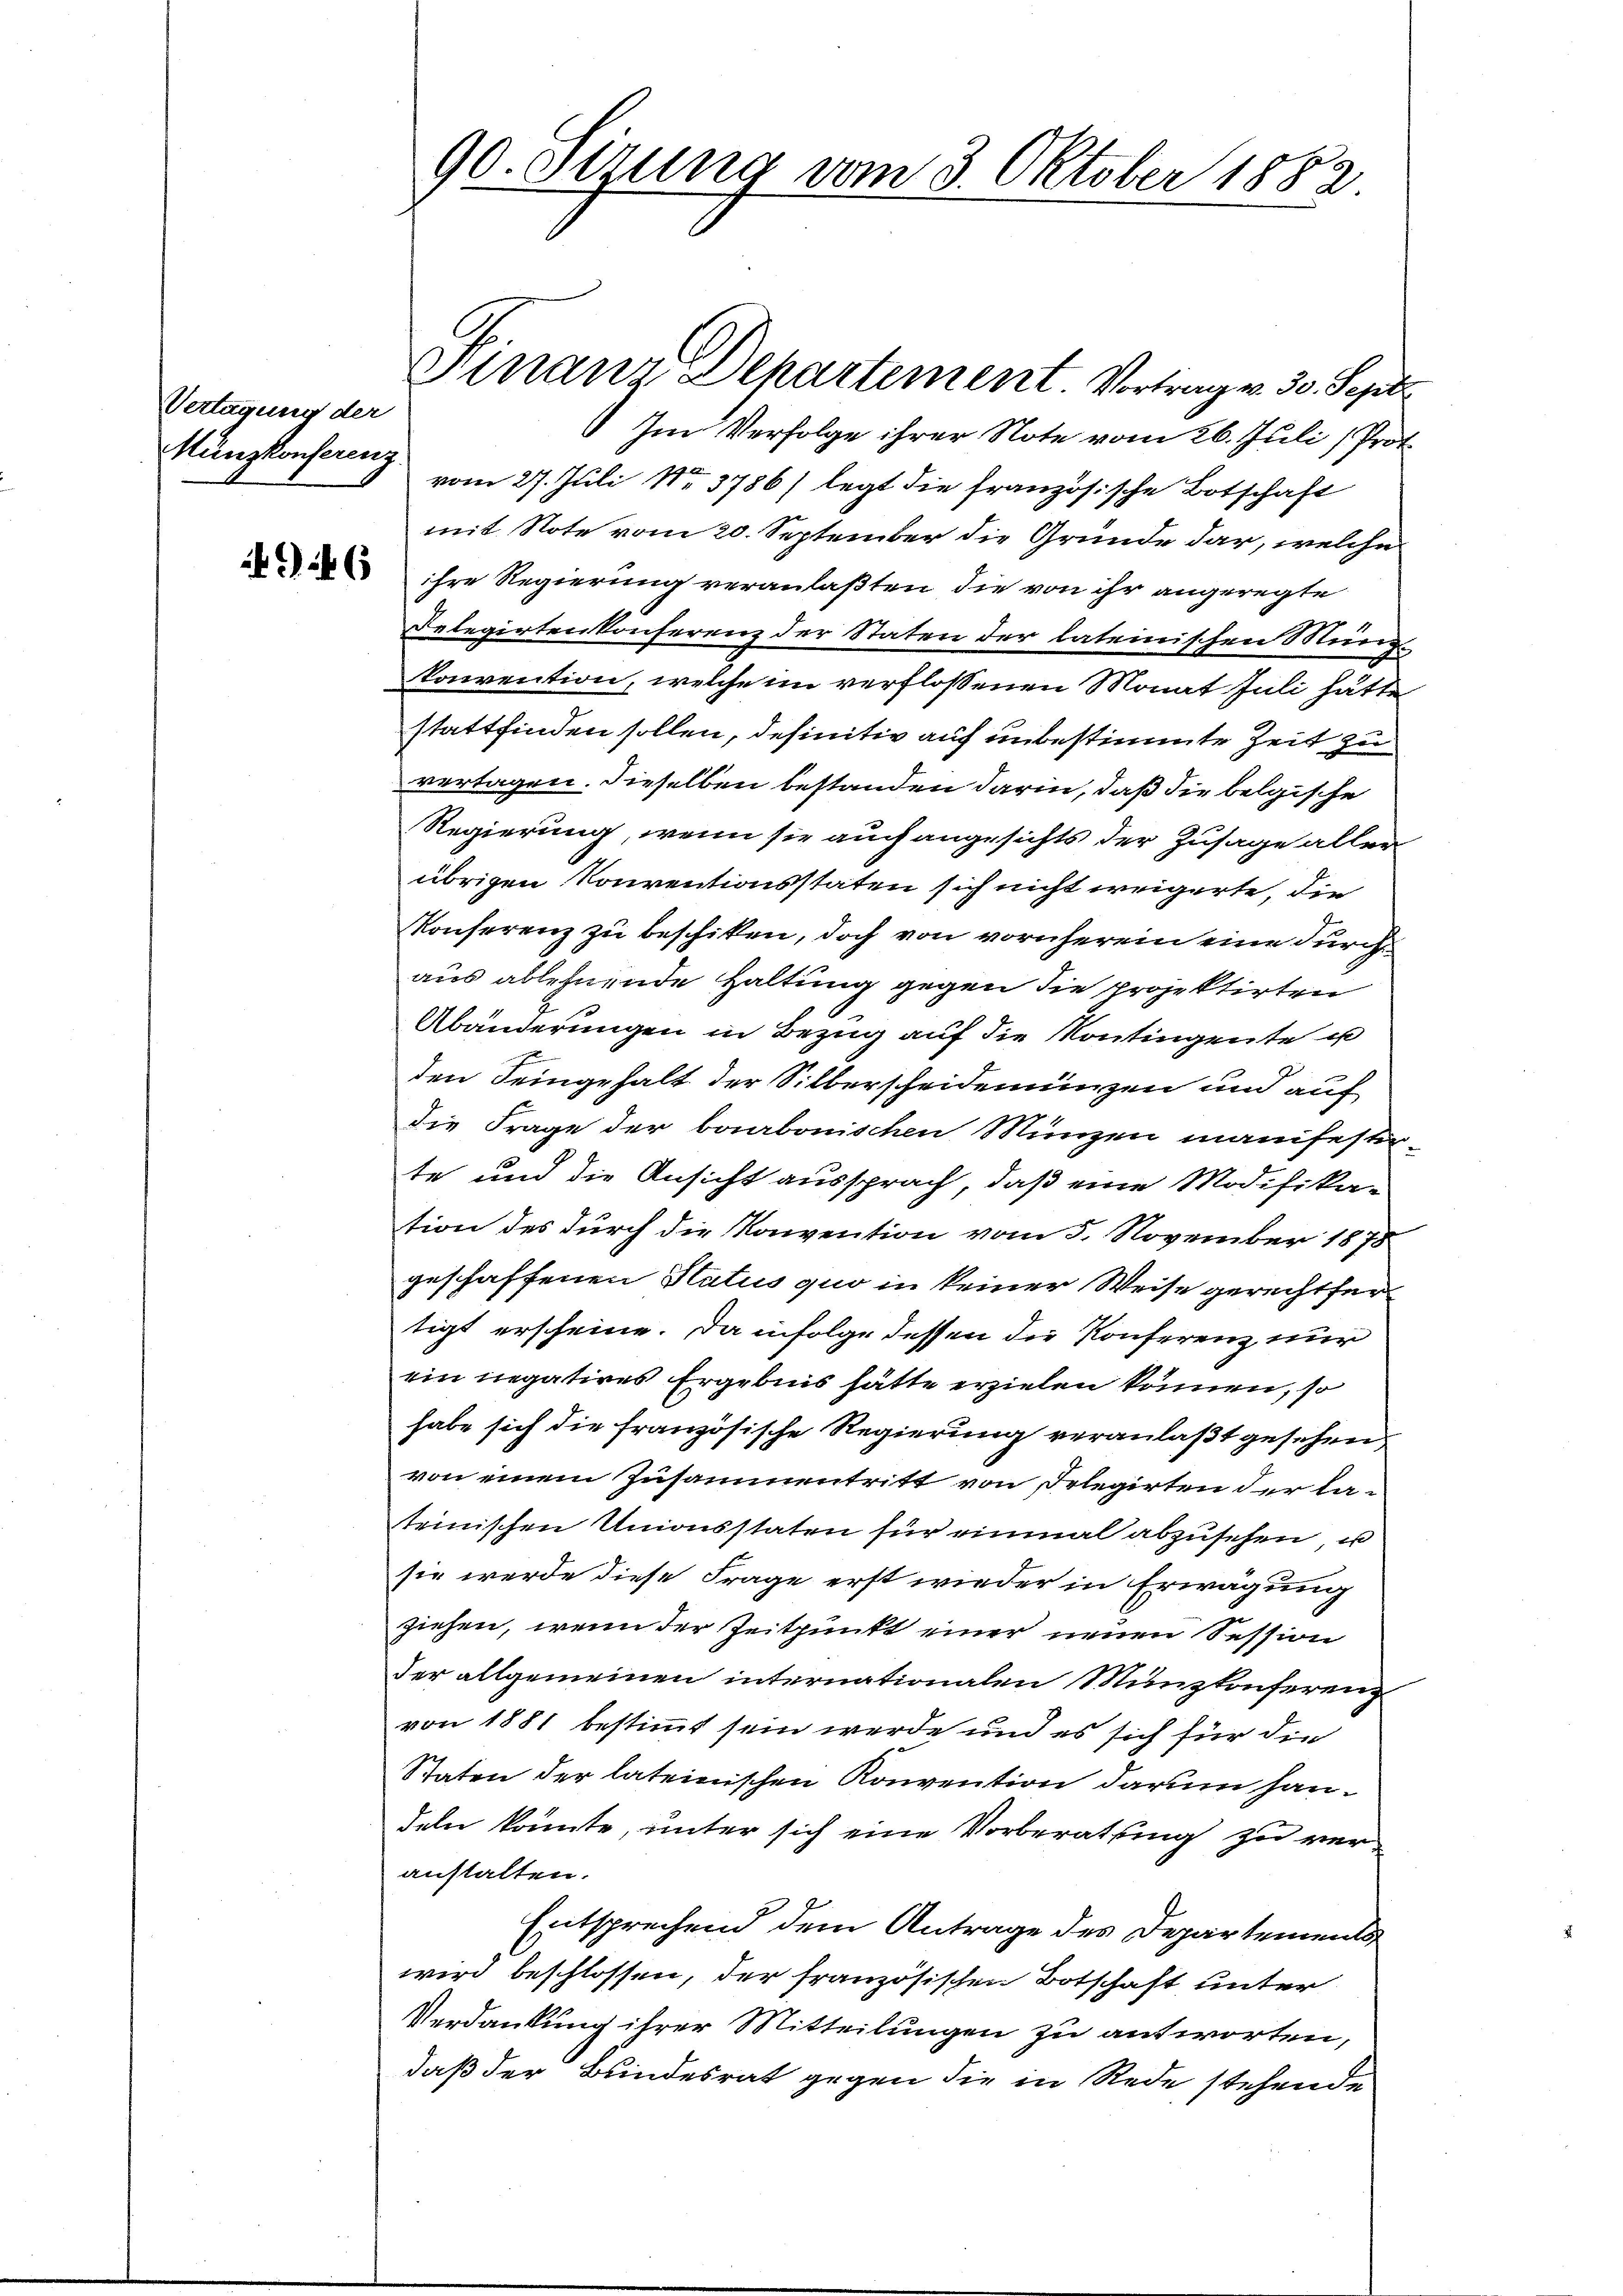
Vertagung der
Münzkonferenz

90. Setzung vom 3. Oktober 1883

Hinanz-Departement. Vortrag v. 30. Sept.
Im Verfolge ihrer Note vom 26. Juli (Prot
vom 27. Juli No 3786) legt die französische Botschaft
mit Note vom 20. September die Grunde dar, welche
 ihre Regierung veranlaßten die von ihr angeregte
Delegirtenkonferenz der Staten der lateinischen Mund
konvention, welche im verflossenen Monat Juli hätte
stattfinden sollen, definitiv auf unbestimmte Zeit zu
vertagen. Dieselben bestanden darin, daß die belgische
Regierung, wenn sie auch angesichts der Zusage aller
übrigen Konventionsstaten sich nicht weigerte, die
Konferenz zu beschiken, doch von vornherein eine durch
aus ablehnende Haltung gegen die projektirten
Abänderungen in Bezug auf die Kontingente u
den Seingehalt der Silberscheidemünzen und auf
die Frage der bonbonischen Münzen manifestig-
te und die Ansicht aussprach, daß eine Modifikation des durch die Konvention vom 5. November 1878
geschaffenen Status quo in keiner Weise gerechtfertigt erscheine. Da infolge dessen die Konferenz nur
ein negatives Ergebnis hätte erzielen können, so
habe sich die französische Regierung veranlaßt gesehen,
von einem Zusammentritt von Delegirten der lateinischen Unionsstaten für einmal abzusehen u
sie werde diese Frage erst wieder in Erwägung
ziehen, wenn der Zeitpunkt einer neuen Session
der allgemeinen internationalen Munzkonferenz
von 1881 bestimmt sein werde und es sich für die
Staten der lateinischen Konvention darum handeln könnte, unter sich eine Vorberathung zu veranstalten.
Entsprechend dem Antrage des Departements
wird beschlossen, der französischen Botschaft unter
Verdankung ihrer Mitteilungen zu antworten,
daß der Bundesrat gegen die in Rede stehende